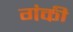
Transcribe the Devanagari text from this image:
गंकी